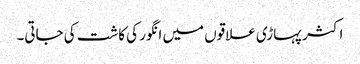
اکثر پہاڑی علاقوں میں انگور کی کاشت کی جاتی۔